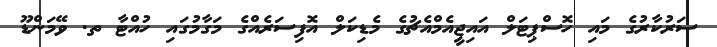
ސަރުކާރުގެ މައި ހޮސްޕިޓަލް އައިޖީއެމްއެޗުގެ މެޑިކަލް އޮފިސަރެއްގެ މަގާމުގައި ހުއްޓާ ތ. ވޭމަންޑޫ